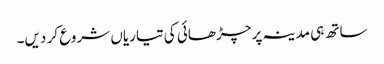
ساتھ ہی مدینہ پر چڑھائی کی تیاریاں شروع کر دیں۔